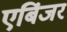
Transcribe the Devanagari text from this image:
एबिंजर